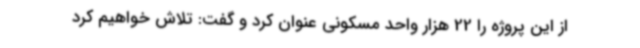
از این پروژه را 22 هزار واحد مسکونی عنوان کرد و گفت: تلاش خواهیم کرد